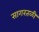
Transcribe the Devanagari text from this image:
सागरतळी